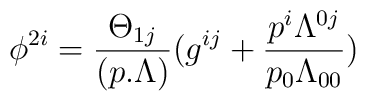
\phi ^{2i}={{\Theta _{1j}}\over {(p.\Lambda )}}(g^{ij}+{{p^i\Lambda ^{0j}}\over{p_0\Lambda _{00}}})